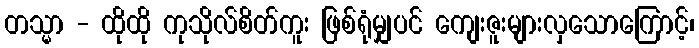
တသ္မာ - ထိုထို ကုသိုလ်စိတ်ကူး ဖြစ်ရုံမျှပင် ကျေးဇူးများလှသောကြောင့်၊